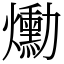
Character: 爋